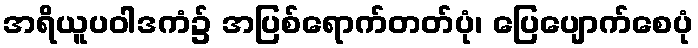
အရိယူပဝါဒကံ၌ အပြစ်ရောက်တတ်ပုံ၊ ပြေပျောက်စေပုံ